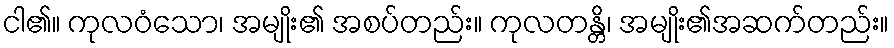
ငါ၏။ ကုလဝံသော၊ အမျိုး၏ အစပ်တည်း။ ကုလတန္တိ၊ အမျိုး၏အဆက်တည်း။